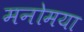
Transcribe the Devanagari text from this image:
मनोमया